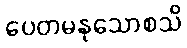
ပေတမနုသောစသိ